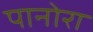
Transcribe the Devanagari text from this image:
पानोरा